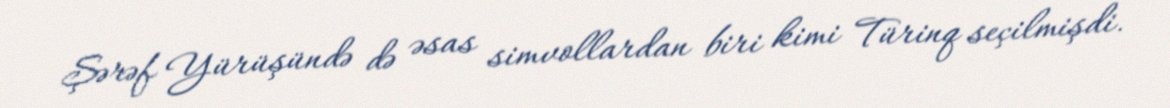
Şərəf Yürüşündə də əsas simvollardan biri kimi Türinq seçilmişdi.